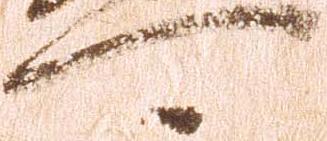
可